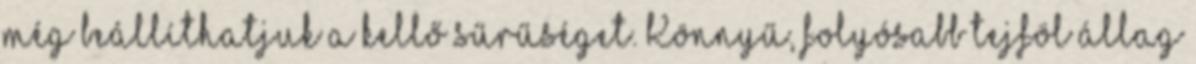
még beállíthatjuk a kellő sűrűséget. Könnyű, folyósabb tejföl állag